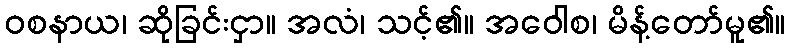
ဝစနာယ၊ ဆိုခြင်းငှာ။ အလံ၊ သင့်၏။ အဝေါစ၊ မိန့်တော်မူ၏။